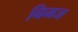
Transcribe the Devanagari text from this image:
निमज